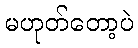
မဟုတ်တော့ပဲ